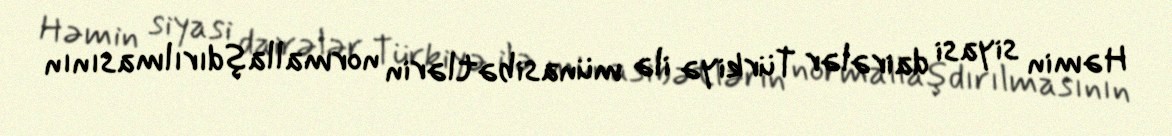
Həmin siyasi dairələr Türkiyə ilə münasibətlərin normallaşdırılmasının